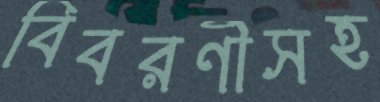
বিবরণীসহ